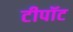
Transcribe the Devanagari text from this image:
टीपॉट